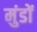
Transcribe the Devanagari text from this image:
मुंडों